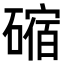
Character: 𥕯